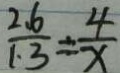
\frac { 2 . 6 } { 1 . 3 } = \frac { 4 } { x }